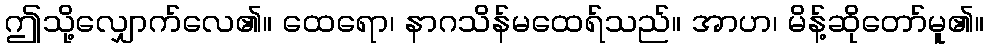
ဤသို့လျှောက်လေ၏။ ထေရော၊ နာဂသိန်မထေရ်သည်။ အာဟ၊ မိန့်ဆိုတော်မူ၏။